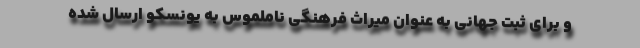
و برای ثبت جهانی به عنوان میراث فرهنگی ناملموس به یونسکو ارسال شده